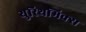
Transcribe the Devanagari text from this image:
युरिथमिक्स